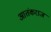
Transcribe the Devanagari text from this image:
आतंकराज